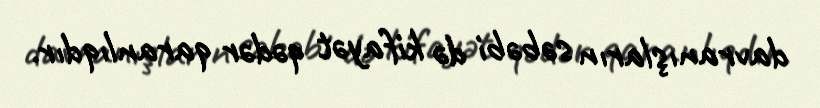
davranışların səbəbi də kifayət qədər qaranlıqdır.